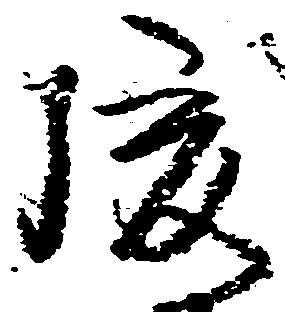
後